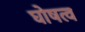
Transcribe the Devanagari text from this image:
घोषत्व